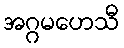
အဂ္ဂမဟေသီ